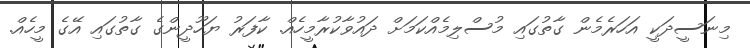
މިނަސީދަކީ އަހަރެމެން ގާތުގައި މުސްލިމެއްކަމަށް ދައުވާކުރާމީހެއް. ކާފަރު ޔަހޫދީންގެ ގާތުގައި އޭގެ މީހެއް.